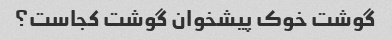
گوشت خوک پیشخوان گوشت کجاست؟